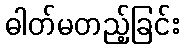
ဓါတ်မတည့်ခြင်း